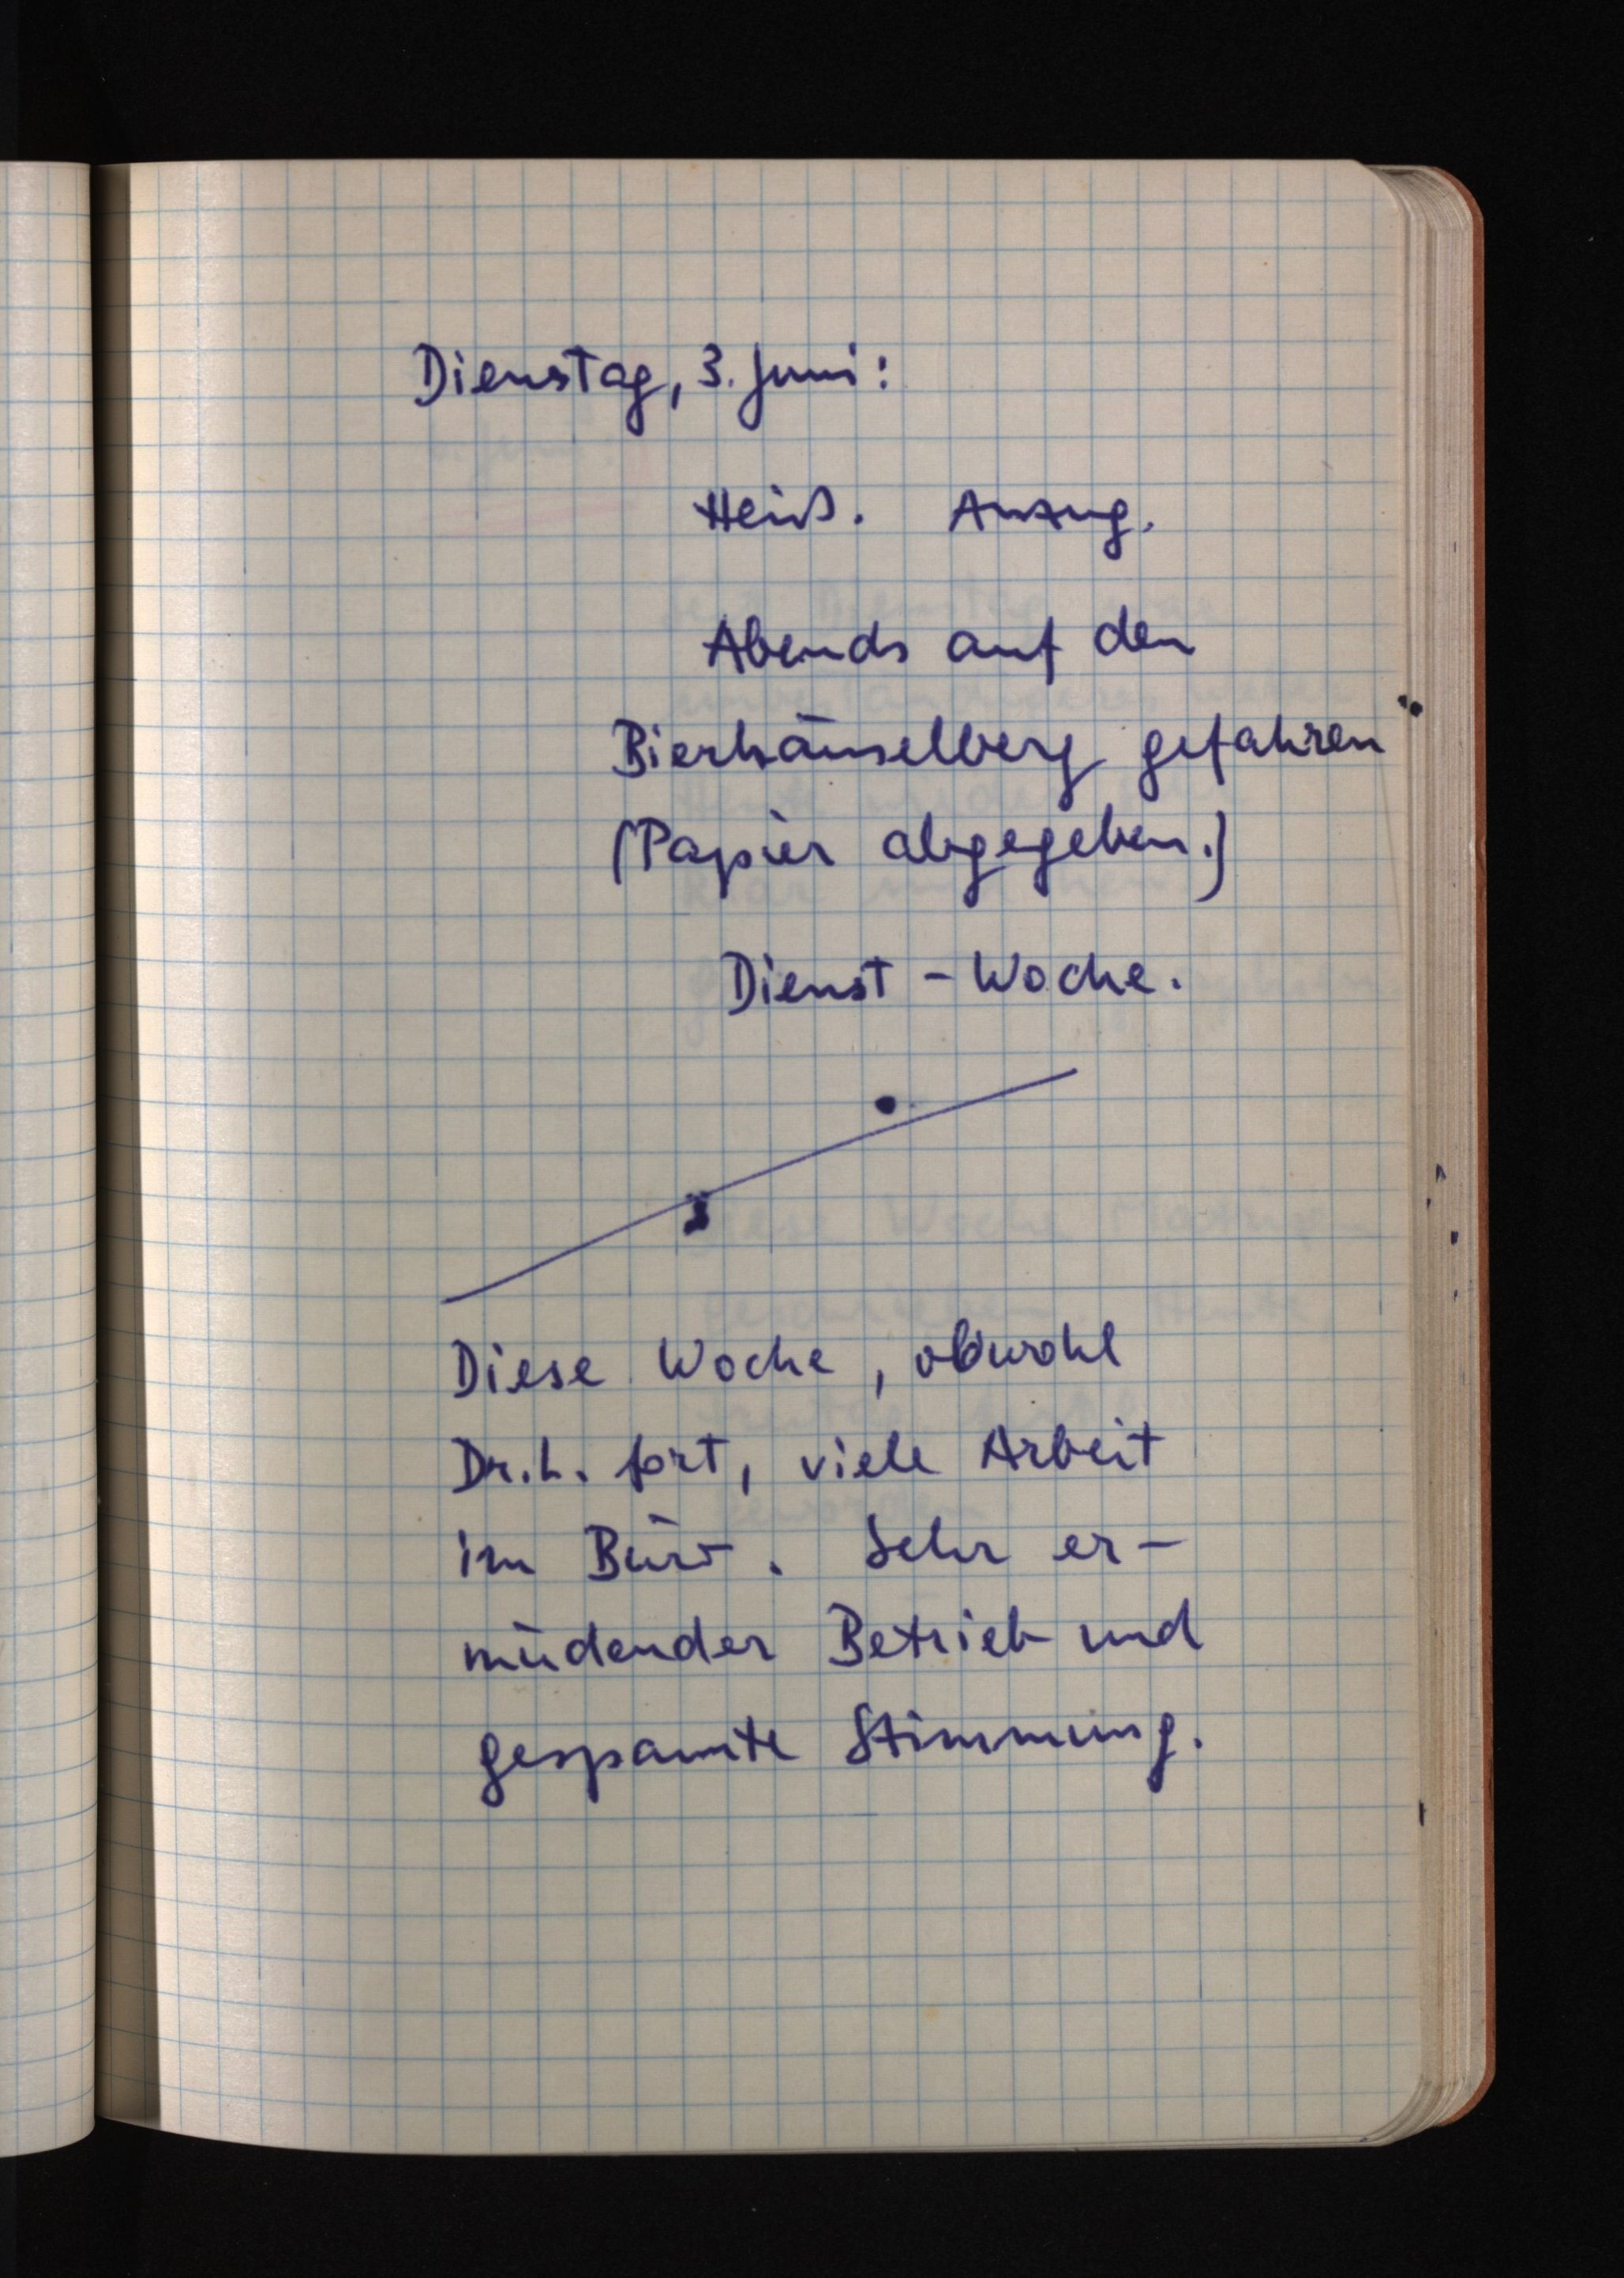
Dienstag, 3. Juni:
Heiß. Anzug.
Abends auf den
Bierhäuselberg gefahren
(Papier abgegeben.)
Dienst-Woche.
Diese Woche, obwohl
Dr. L. fort, viele Arbeit
im Büro. Sehr er¬
müdender Betrieb und
gespannte Stimmung.